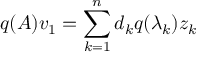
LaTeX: q ( A ) v _ { 1 } = \sum _ { k = 1 } ^ { n } d _ { k } q ( \lambda _ { k } ) z _ { k }